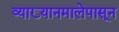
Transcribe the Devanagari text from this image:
व्याख्यानमालेपासून